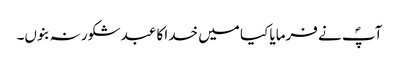
آپؐ نے فرمایا کیا میں خدا کا عبد شکور نہ بنوں۔